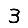
Digit: 3